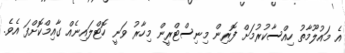
އެ މައުލޫމާތު ހިއްސާކުރުމަށް ފޮރިން މިނިސްޓްރީން މިހާރު ވަނީ ހޮޓްލައިނެއް ގާއިމްކޮށްފަ އެވެ.